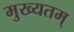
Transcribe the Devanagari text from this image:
मुख्यतम्